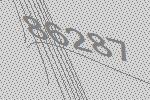
86287